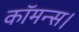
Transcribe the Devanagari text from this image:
कॉमन्स।